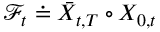
\mathcal F _ { t } \doteq \bar { X } _ { t , T } \circ X _ { 0 , t }